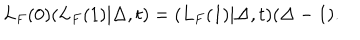
L _ { F } ( 0 ) ( L _ { F } ( 1 ) | \Delta , t ) = ( L _ { F } ( 1 ) | \Delta , t ) ( \Delta - 1 ) .